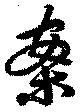
案